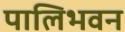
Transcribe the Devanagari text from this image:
पालिभवन